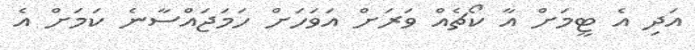
އަދި އެ ޓީމަށް އާ ކޯޗެއް ވަރަށް އަވަހަށް ހަމަޖައްސާނެ ކަމަށް އެ